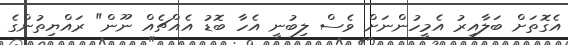
އެގޮތަށް ބަލާއިރު އެމީހުންނަށް ވެސް ލިބުނީ އެހާ ބޮޑު އެއްޗެއް ނޫން" ރައްޔިތުންގެ